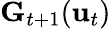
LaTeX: \mathbf{G}_{t+1}(\mathbf{u}_{t})